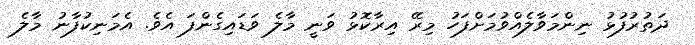
ދަތުރުފުޅު ނިންމަވާލެއްވުމަށްފަހު މިރޭ އިރާކޮޅު ވަނީ މާލެ ވަޑައިގެންފަ އެވެ. އެމަނިކުފާނު މާލެ